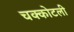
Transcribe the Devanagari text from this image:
चक्कोटली